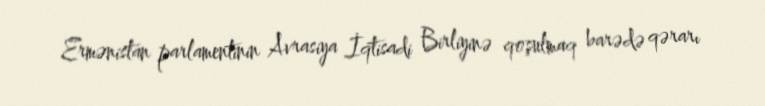
Ermənistan parlamentinin Avrasiya İqtisadi Birliyinə qoşulmaq barədə qərarı